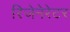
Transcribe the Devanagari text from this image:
रिजेनेरेटर